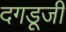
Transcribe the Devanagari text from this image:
दगडूजी